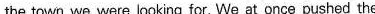
the town we were looking for. We at once pushed the